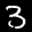
Label: 3